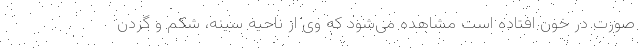
صورت در خون افتاده است مشاهده می‌شود که وی از ناحیه سینه، شکم و گردن